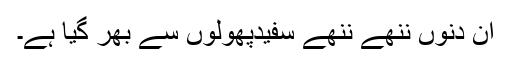
ان دنوں ننھے ننھے سفیدپھولوں سے بھر گیا ہے۔